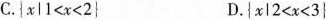
C.$${xl1<x<2} $$D.$${xl2<x<3}$$